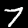
Label: 7